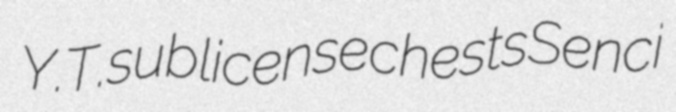
Y.T. sublicense chests Senci